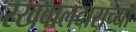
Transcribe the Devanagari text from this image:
रखवालदाराच्या